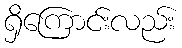
ရှိကြောင်းလည်း